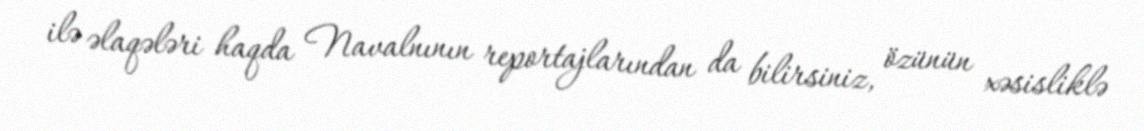
ilə əlaqələri haqda Navalnının reportajlarından da bilirsiniz, özünün xəsisliklə